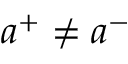
a ^ { + } \neq a ^ { - }